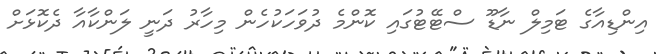
އިންޑިއާގެ ޓަމިލް ނާޑޫ ސްޓޭޓުގައި ކޮންމެ ދުވަހަކުހެން މިހާރު ދަނީ ލަންކާއާ ދެކޮޅަށް